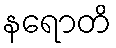
နရောတိ